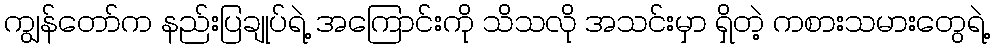
ကျွန်တော်က နည်းပြချုပ်ရဲ့ အကြောင်းကို သိသလို အသင်းမှာ ရှိတဲ့ ကစားသမားတွေရဲ့